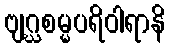
ဗျဂ္ဃစမ္မပရိဝါရာနိ